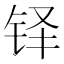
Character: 铎